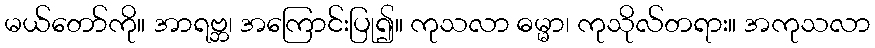
မယ်တော်ကို။ အာရဗ္ဘ၊ အကြောင်းပြု၍။ ကုသလာ ဓမ္မာ၊ ကုသိုလ်တရား။ အကုသလာ